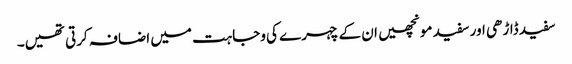
سفید ڈاڑھی اور سفید مونچھیں ان کے چہرے کی وجاہت میں اضافہ کرتی تھیں۔